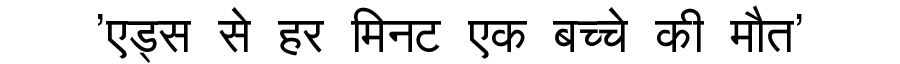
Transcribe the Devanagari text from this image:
'एड्स से हर मिनट एक बच्चे की मौत'